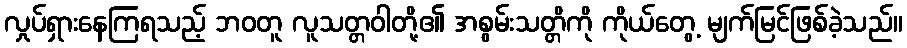
လှုပ်ရှားနေကြရသည့် ဘဝတူ လူသတ္တဝါတို့၏ အစွမ်းသတ္တိကို ကိုယ်တွေ့ မျက်မြင်ဖြစ်ခဲ့သည်။